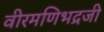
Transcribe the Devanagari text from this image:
वीरमणिभद्रजी